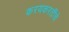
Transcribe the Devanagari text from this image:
करयकरतींचे